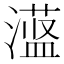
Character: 𪷞